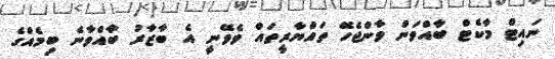
ނައިޓް މާކެޓް ބާއްވަން ވާންޖެހޭ ތައްޔާރީތައް ވެވޭނީ އެ ބާޒާރު ބާއްވާނެ ބިމެއްގެ